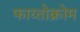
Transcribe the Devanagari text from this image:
फाय्तोक्रोम